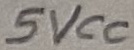
Text: 5VCC